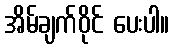
အိမ်ချက်ဝိုင် ပေးပါ။